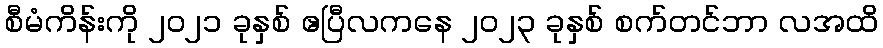
စီမံကိန်းကို ၂၀၂၁ ခုနှစ် ဧပြီလကနေ ၂၀၂၃ ခုနှစ် စက်တင်ဘာ လအထိ